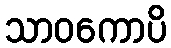
သာဝကောပိ